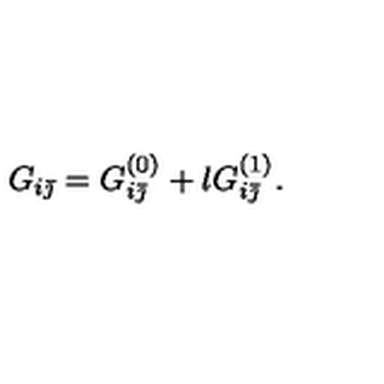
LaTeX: G _ { i \bar { \jmath } } = G _ { i \bar { \jmath } } ^ { ( 0 ) } + l G _ { i \bar { \jmath } } ^ { ( 1 ) } .